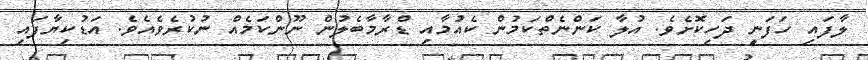
ލާފައި ހަފަނީ ދަހިކޮށެވެ. އުލާ ކަންނެތްކަމުން ކެއުމާއި ޑްރާމާބެލުން ނޫންކަމެއް ނުކުރެވެއެވެ. އަޑުކިޔާފައި